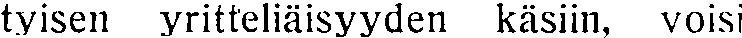
tyisen yritteliäisyyden käsiin, voisi